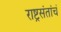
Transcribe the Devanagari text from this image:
राष्ट्रसंतांचं